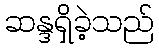
ဆန္ဒရှိခဲ့သည်